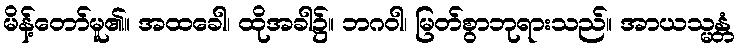
မိန့်တော်မူ၏။ အထခေါ၊ ထိုအခါ၌။ ဘဂဝါ၊ မြတ်စွာဘုရားသည်။ အာယသ္မန္တံ